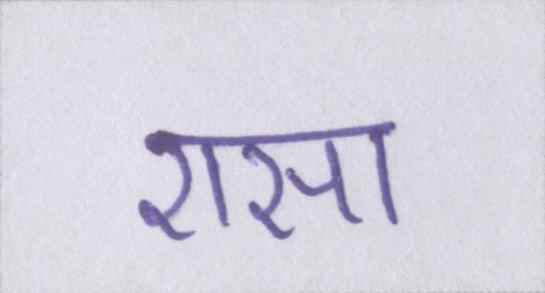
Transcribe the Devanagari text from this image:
एसा